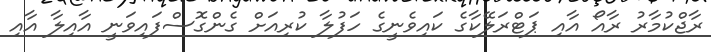
ރާޖްކުމާރު ރާއޯ އާއި ޕަޓްރަލޭކާގެ ކައިވެނީގެ ހަފުލާ ކުރިއަށް ގެންގޮސްފައިވަނީ އާއިލާ އާއި